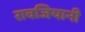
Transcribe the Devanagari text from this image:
रावजियानी